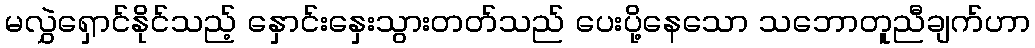
မလွှဲရှောင်နိုင်သည့် နှောင်းနှေးသွားတတ်သည် ပေးပို့နေသော သဘောတူညီချက်ဟာ